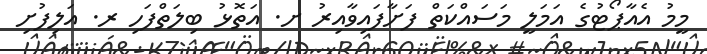
މީމު އެއާޕޯޓުގެ އަމަލީ މަސައްކަތް ފަށާފައިވާއިރު ށ. އަތޮޅު ބިލަތްފަހި ރ. އަލިފުށި